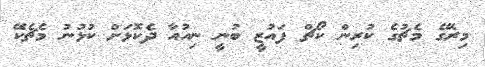
މިރޭގެ މެޗުގެ ކުރިން ކޯޗް ފައުޒީ ބުނީ ނިއުއާ ދެކޮޅަށް ކުޅުނު މެޗެކޭ